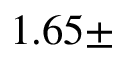
1 . 6 5 \pm